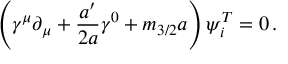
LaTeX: \left( \gamma ^ { \mu } \partial _ { \mu } + \frac { a ^ { \prime } } { 2 a } \gamma ^ { 0 } + m _ { 3 / 2 } a \right) \psi _ { i } ^ { T } = 0 \, .